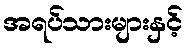
အရပ်သားများနှင့်